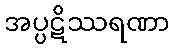
အပ္ပဋိဿရဏာ